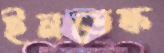
ইনডেস্ক